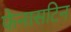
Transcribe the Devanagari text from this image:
फेनासटिन